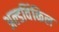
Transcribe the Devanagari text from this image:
अल्डविंकिल